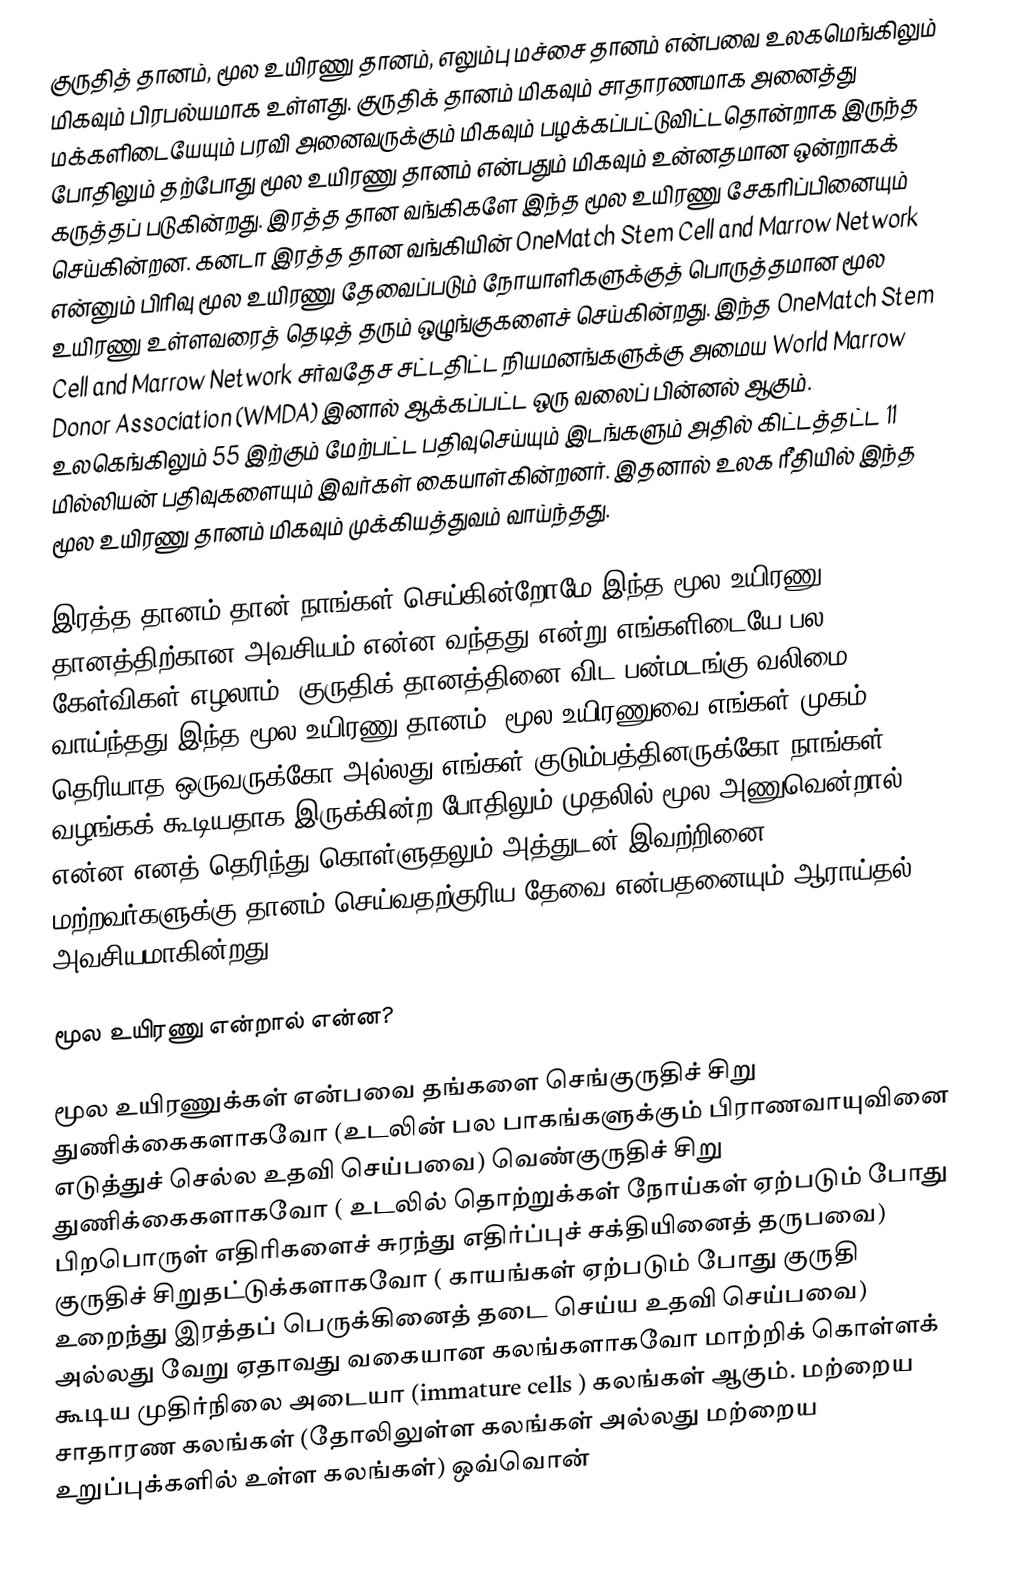
குருதித் தானம், மூல உயிரணு தானம், எலும்பு மச்சை தானம் என்பவை உலகமெங்கிலும் மிகவும் பிரபல்யமாக உள்ளது. குருதிக் தானம் மிகவும் சாதாரணமாக அனைத்து மக்களிடையேயும் பரவி அனைவருக்கும் மிகவும் பழக்கப்பட்டுவிட்டதொன்றாக இருந்த போதிலும் தற்போது மூல உயிரணு தானம் என்பதும் மிகவும் உன்னதமான ஒன்றாகக் கருத்தப் படுகின்றது. இரத்த தான வங்கிகளே இந்த மூல உயிரணு சேகரிப்பினையும் செய்கின்றன. கனடா இரத்த தான வங்கியின் OneMatch Stem Cell and Marrow Network என்னும் பிரிவு மூல உயிரணு தேவைப்படும் நோயாளிகளுக்குத் பொருத்தமான மூல உயிரணு உள்ளவரைத் தெடித் தரும் ஒழுங்குகளைச் செய்கின்றது. இந்த OneMatch Stem Cell and Marrow Network சர்வதேச சட்டதிட்ட நியமனங்களுக்கு அமைய World Marrow Donor Association (WMDA) இனால் ஆக்கப்பட்ட ஒரு வலைப் பின்னல் ஆகும். உலகெங்கிலும் 55 இற்கும் மேற்பட்ட பதிவுசெய்யும் இடங்களும் அதில் கிட்டத்தட்ட 11 மில்லியன் பதிவுகளையும் இவர்கள் கையாள்கின்றனர். இதனால் உலக ரீதியில் இந்த மூல உயிரணு தானம் மிகவும் முக்கியத்துவம் வாய்ந்தது.

இரத்த தானம் தான் நாங்கள் செய்கின்றோமே இந்த மூல உயிரணு தானத்திற்கான அவசியம் என்ன வந்தது என்று எங்களிடையே பல கேள்விகள் எழலாம். குருதிக் தானத்தினை விட பன்மடங்கு வலிமை வாய்ந்தது இந்த மூல உயிரணு தானம். மூல உயிரணுவை எங்கள் முகம் தெரியாத ஒருவருக்கோ அல்லது எங்கள் குடும்பத்தினருக்கோ நாங்கள் வழங்கக் கூடியதாக இருக்கின்ற போதிலும் முதலில் மூல அணுவென்றால் என்ன எனத் தெரிந்து கொள்ளுதலும் அத்துடன் இவற்றினை மற்றவர்களுக்கு தானம் செய்வதற்குரிய தேவை என்பதனையும் ஆராய்தல் அவசியமாகின்றது.

மூல உயிரணு என்றால் என்ன?

மூல உயிரணுக்கள் என்பவை தங்களை செங்குருதிச் சிறு துணிக்கைகளாகவோ (உடலின் பல பாகங்களுக்கும் பிராணவாயுவினை எடுத்துச் செல்ல உதவி செய்பவை) வெண்குருதிச் சிறு துணிக்கைகளாகவோ ( உடலில் தொற்றுக்கள் நோய்கள் ஏற்படும் போது பிறபொருள் எதிரிகளைச் சுரந்து எதிர்ப்புச் சக்தியினைத் தருபவை) குருதிச் சிறுதட்டுக்களாகவோ ( காயங்கள் ஏற்படும் போது குருதி உறைந்து இரத்தப் பெருக்கினைத் தடை செய்ய உதவி செய்பவை) அல்லது வேறு ஏதாவது வகையான கலங்களாகவோ மாற்றிக் கொள்ளக் கூடிய முதிர்நிலை அடையா (immature cells ) கலங்கள் ஆகும். மற்றைய சாதாரண கலங்கள் (தோலிலுள்ள கலங்கள் அல்லது மற்றைய உறுப்புக்களில் உள்ள கலங்கள்) ஒவ்வொன்